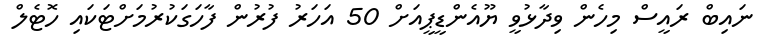
ނައިބް ރައީސް މިހެން ވިދާޅުވީ ޔޫއެންޑީޕީއަށް 50 އަހަރު ފުރުން ފާހަގަކުރުމަށްޓަކައި ހޮޓެލް